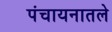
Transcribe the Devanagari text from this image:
पंचायनातले